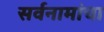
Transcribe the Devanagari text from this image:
सर्वनामांचा